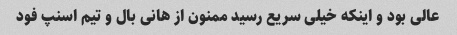
عالی بود و اینکه خیلی سریع رسید ممنون از هانی بال و تیم اسنپ فود